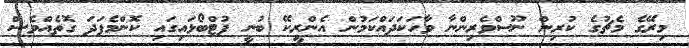
މިރޭގެ މެޗުގެ ކުރިން ނޫސްވެރިންނާ ވާހަކަދައްކަމުން އެންރީކޭ ބުނީ ފުޓްބޯޅައިގައި ކޮންމެފަދަ ގޮތެއްވެސް